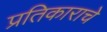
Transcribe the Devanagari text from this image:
प्रतिकाराचे